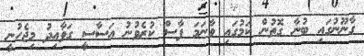
ގާނޫނުގައި ބުނާ ގޮތުން ކަމުގައި ވާނަމަ ފާސް ކުރެވުނު އަސާސީ ގަވާއިދު މިޖެހުނީ